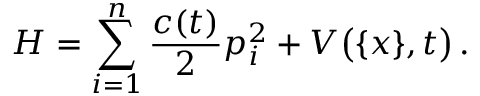
H = \sum _ { i = 1 } ^ { n } \frac { c ( t ) } { 2 } p _ { i } ^ { 2 } + V \big ( \{ x \} , t \big ) \, .